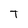
Character: T